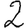
Digit: 2